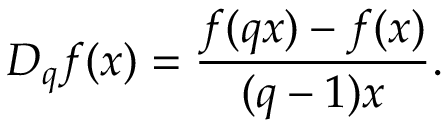
D _ { q } f ( x ) = { \frac { f ( q x ) - f ( x ) } { ( q - 1 ) x } } .